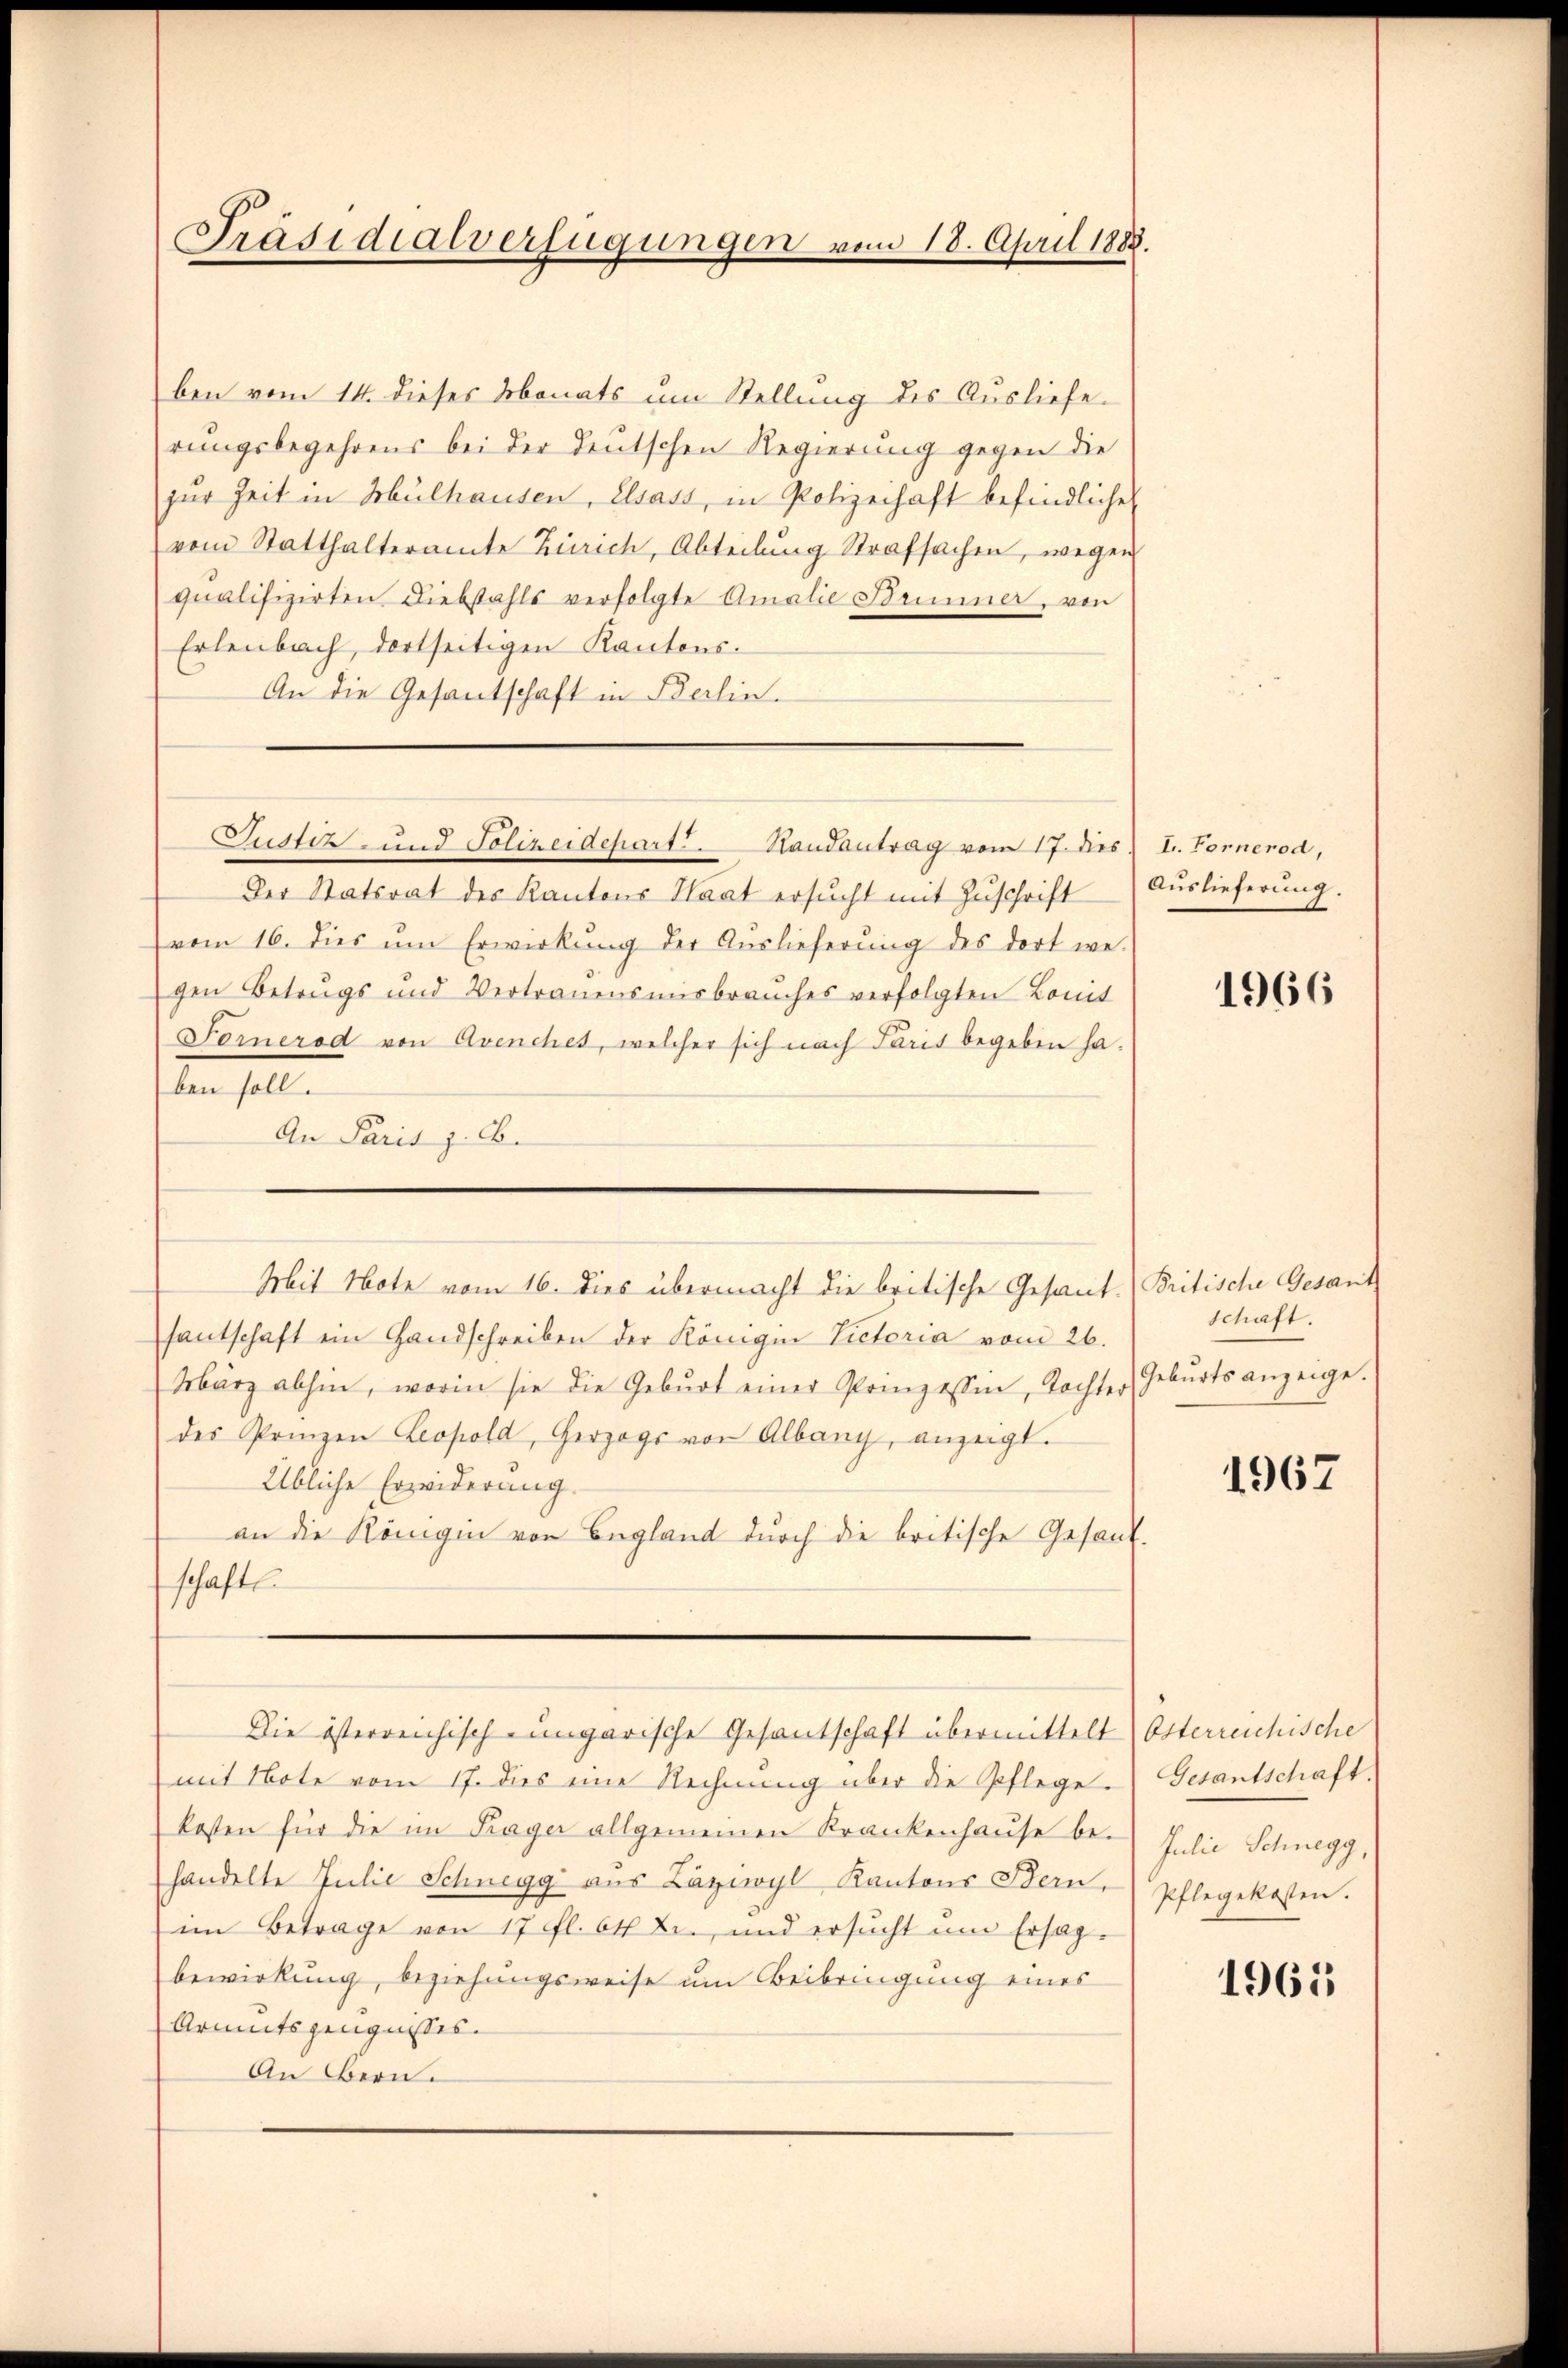
Präsidialverfügungen vom 18. April 1888.

ben vom 14. dieses Monats um Stellung des Ausliefe.
hrungsbegehrens bei der Teutschen Regierung gegen die
zur Zeit in Mülhausen, Elsass, in Polizeihaft befindlichen
vom Statthalteramte Zürich, Abteilung Strafsachen, wegen
qualifizirten Diebstahls verfolgte Amalie Brunner, von
Erlenbach, dortseitigen Kantons-
An die Gesantschaft in Berlin.
Der Statsrat des Kantons Haat ersŭcht mit Zŭschrift (Aŭslieferŭng.
(vom 16. dies um Erwirkung der Auslieferung des dort we-
gen Betrugs und Vertrauensmisbrauches verfolgten Bonit
Fornerod von Avenches, welcher sich nach Paris begeben haben soll.
An Paris z. B.
santschaft ein Handschreiben der Königen Victoria vom 26.
März abhin, worin sie die Geburt einer Prinzessin, Tochter
des Prinzen Leopold, Herzogs von Albang, anzeigt.
Übliche Erweiderung.
an die Königin von England durch die britische Gesandschaften
Die österreichisch eingarische Gesantschaft übermittelt) Osterreichische
mit Note vom 17. dies eine Rechnung über die Pflege.
kosten für die im Frager allgemeinen Krankenhause be-
handelte Julie Schnegg aus Laziwyl, Kantons Bern,
im Betrage von 17 fl. 64 Xr., und ersŭcht ŭm Ersag-
bewirkung, beziehungsweise um Beibringung eines
Armutszeugnisses.
An Bern.

Justiz- und Polizeidepart. Randantrag vom 17. dies L. Fornerod,

Mit Note vom 16. Dies übermacht die britische Gesant-Britische Gesamt

1966

schaft.
Geburts anzeige.

1967

Gesantschaft.
Julie Schnegg
Pflegekosten.

1965